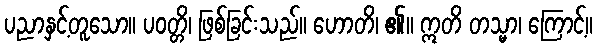
ပညာနှင့်တူသော။ ပဝတ္တိ၊ ဖြစ်ခြင်းသည်။ ဟောတိ၊ ၏။ ဣတိ တသ္မာ၊ ကြောင့်။